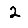
Digit: 2